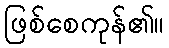
ဖြစ်စေကုန်၏။